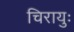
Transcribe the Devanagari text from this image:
चिरायुः